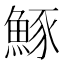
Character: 𫙠